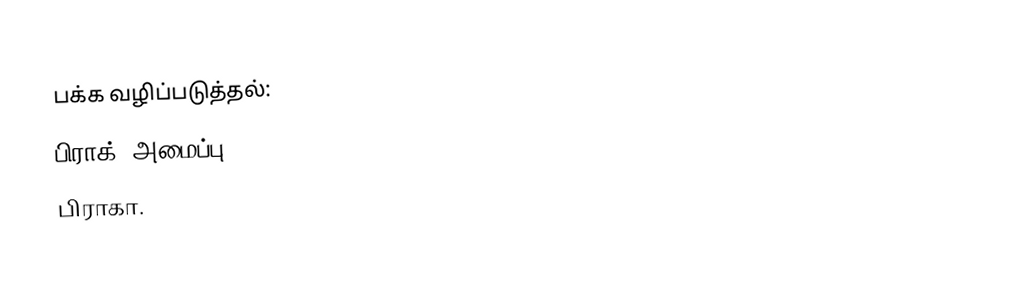
பக்க வழிப்படுத்தல்:
 பிராக் (அமைப்பு).
 பிராகா.